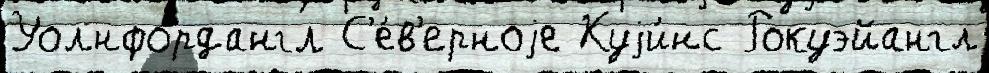
Уолнфордангл С'е́в'ерноjе Куjи́нс Рокуэйангл